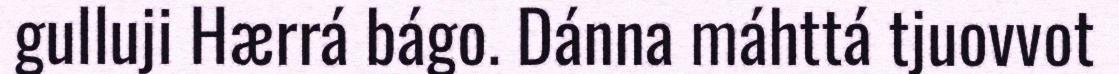
gulluji Hærrá bágo. Dánna máhttá tjuovvot